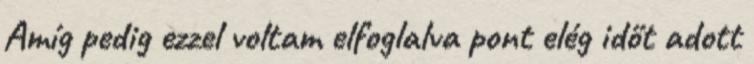
Amíg pedig ezzel voltam elfoglalva pont elég időt adott